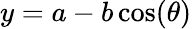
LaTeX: y=a-b\cos(\theta)